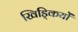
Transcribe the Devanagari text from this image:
खिड्कियों